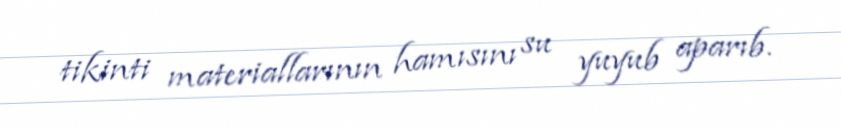
tikinti materiallarının hamısını su yuyub aparıb.